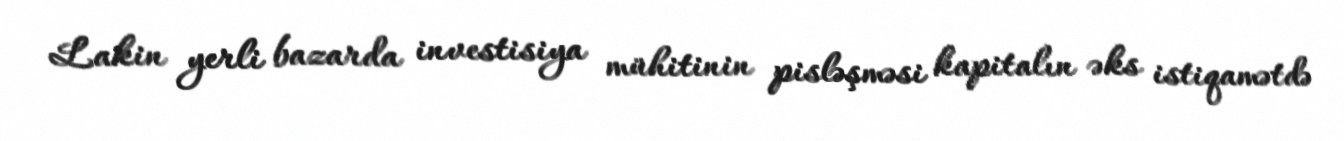
Lakin yerli bazarda investisiya mühitinin pisləşməsi kapitalın əks istiqamətdə